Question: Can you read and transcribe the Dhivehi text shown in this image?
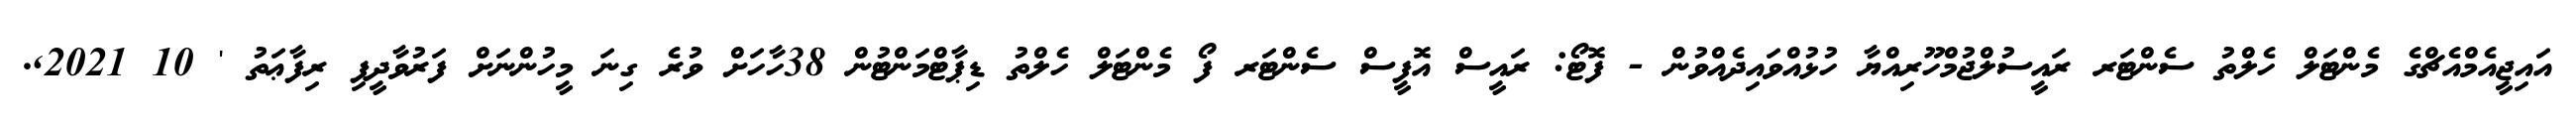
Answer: އައިޖީއެމްއެޗްގެ މެންޓަލް ހެލްތު ސެންޓަރ ރައީސުލްޖުމްހޫރިއްޔާ ހުޅުއްވައިދެއްވުން - ފޮޓޯ: ރައީސް އޮފީސް ސެންޓަރ ފޯ މެންޓަލް ހެލްތު ޑިޕާޓްމަންޓުން 38ހާހަށް ވުރެ ގިނަ މީހުންނަށް ފަރުވާދީފި ރިފާޢަތު ' 10 2021,.